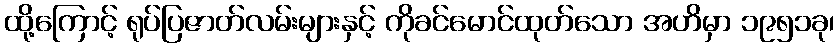
ထို့ကြောင့် ရုပ်ပြဇာတ်လမ်းများနှင့် ကိုခင်မောင်ထုတ်သော အဟိမှာ ၁၉၅၁ခု၊